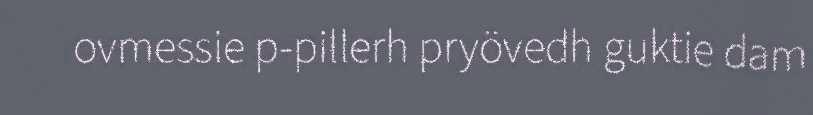
ovmessie p-pillerh pryövedh guktie dam